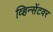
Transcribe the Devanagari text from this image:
व्हिन्सेंटवर